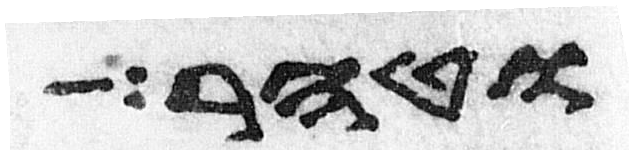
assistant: וטהר